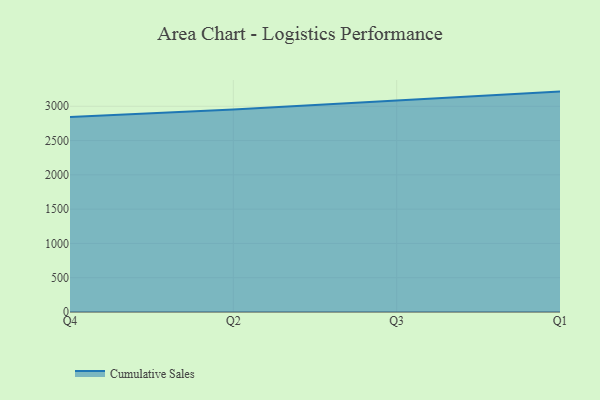
{"axis": {"x": "Quarter", "y": "Tickets Resolved"}, "legend": ["Cumulative Sales"], "data": [{"x": "Q4", "y": 2841.8, "type": "Cumulative Sales"}, {"x": "Q2", "y": 2954.7, "type": "Cumulative Sales"}, {"x": "Q3", "y": 3086.0, "type": "Cumulative Sales"}, {"x": "Q1", "y": 3214.0, "type": "Cumulative Sales"}]}